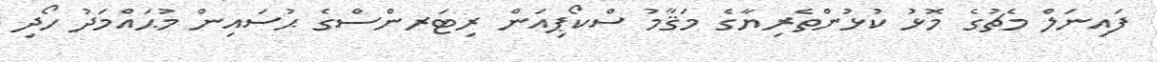
ފައިނަލް މެޗުގެ މޮޅު ކުޅުންތެރިޔާގެ މަޤާމު ސްކޯޕިއަން ރިޓަރންސްގެ ޙުސައިން މުޙައްމަދު ހޯދި